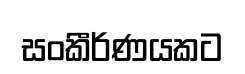
සංකීර්ණයකට